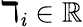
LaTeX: \daleth_{\mathit{i}}\in\mathbb{{R}}